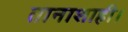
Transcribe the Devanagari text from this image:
तानाशाही।